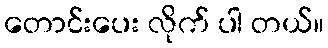
တောင်းပေး လိုက် ပါ တယ်။